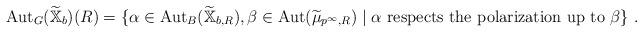
LaTeX: \begin{align*}\mathrm{Aut}_G(\widetilde{\mathbb{X}}_b)(R)=\{\alpha\in \mathrm{Aut}_B(\widetilde{\mathbb{X}}_{b,R}), \beta\in \mathrm{Aut}(\widetilde{\mu}_{p^\infty,R})\mid \alpha\mathrm{\ respects\ the\ polarization\ up\ to\ }\beta\}\ .\end{align*}